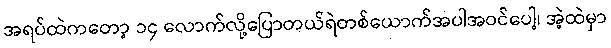
အရပ်ထဲကတော့ ၁၄ လောက်လို့ပြောတယ်ရဲတစ်ယောက်အပါအဝင်ပေါ့၊ အဲ့ထဲမှာ